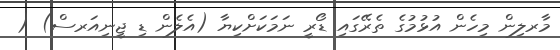
މާރލިން މިހެން އުޅުމުގެ ތެރޭގައި ޑޯރީ ނަމަކަށްކިޔާ (އެލެން ޑި ޖީނިއަރސް) (